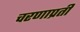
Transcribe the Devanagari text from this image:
चरणाप्रती